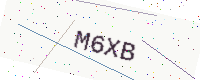
Text: M6XB